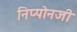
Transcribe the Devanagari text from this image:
निप्पोनजी